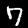
Digit: 7